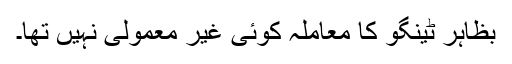
بظاہر ٹینگو کا معاملہ کوئی غیر معمولی نہیں تھا۔